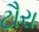
ટૌરા